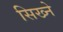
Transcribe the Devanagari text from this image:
सिख्ने